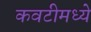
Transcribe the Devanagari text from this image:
कवटीमध्ये